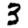
Digit: 3